65_HS1-834228961_62-HQ-83894_Section_10
Agency: FBI
Page 181
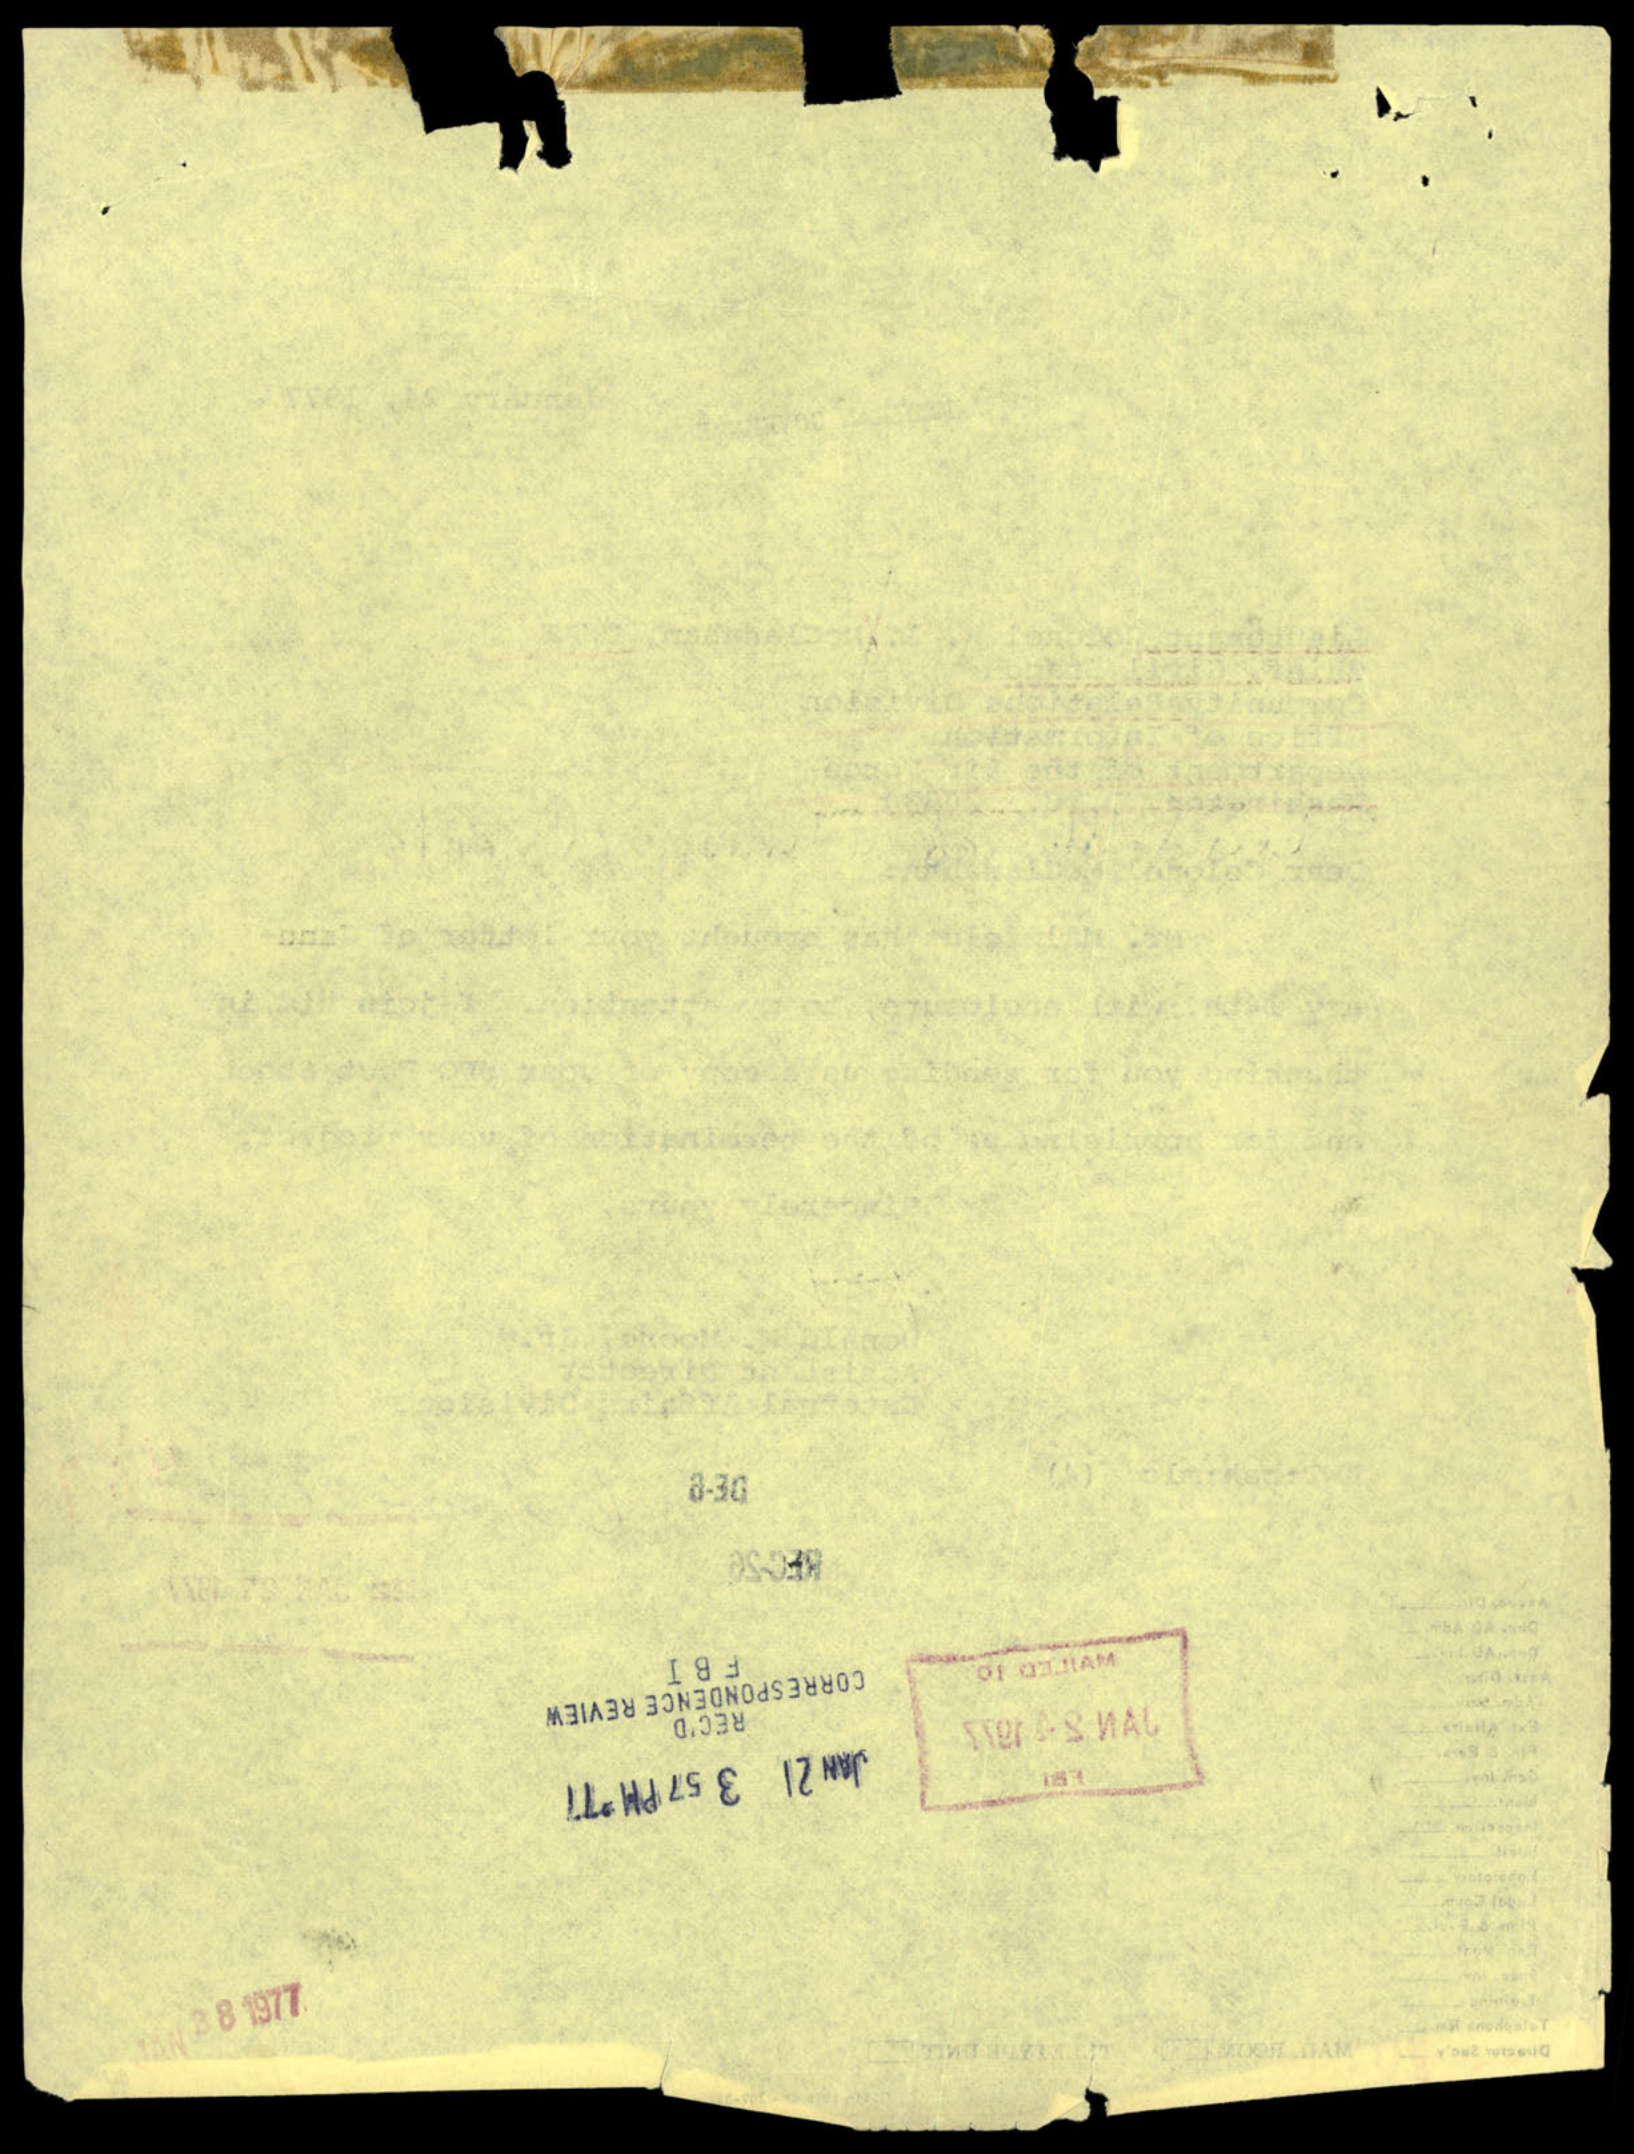